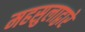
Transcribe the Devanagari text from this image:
महसुलाद्वारे